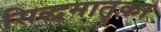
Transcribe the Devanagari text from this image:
सिद्धमातृका